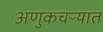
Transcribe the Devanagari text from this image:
अणुकचऱ्यात